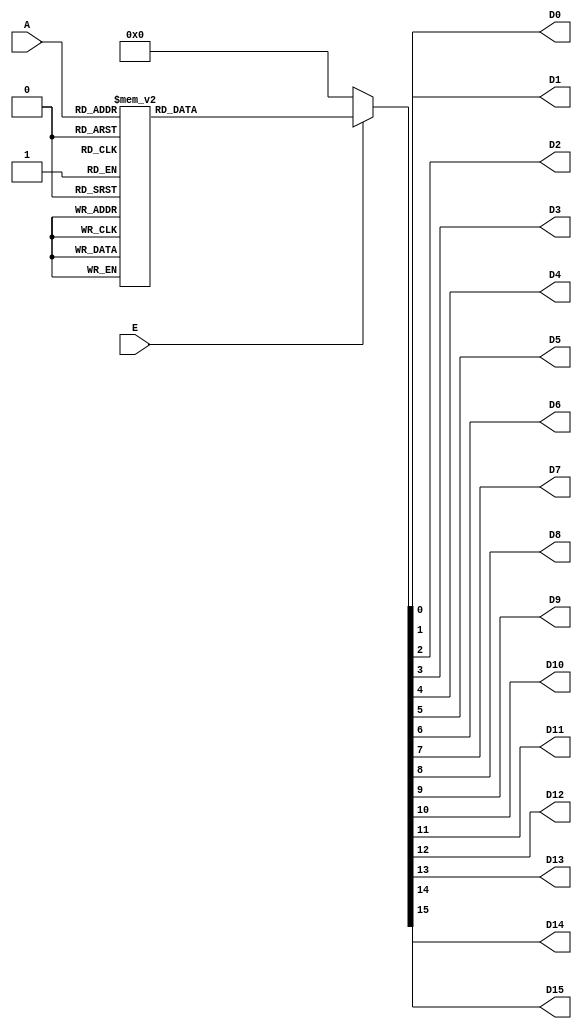
module Decoder4_16(D0, D1, D2, D3, D4, D5, D6, D7, D8, D9, D10, D11, D12, D13, D14, D15, A, E);
   output D0;
   output D1;
   output D2;
   output D3;
   output D4;
   output D5;
   output D6;
   output D7;
   output D8;
   output D9;
   output D10;
   output D11;
   output D12;
   output D13;
   output D14;
   output D15;
   input  [3:0] A;
   input  E;
   reg D0;
   reg D1;
   reg D2;
   reg D3;
   reg D4;
   reg D5;
   reg D6;
   reg D7;
   reg D8;
   reg D9;
   reg D10;
   reg D11;
   reg D12;
   reg D13;
   reg D14;
   reg D15;
      always @ (A or E)
      begin
         if(!E)
           {D15, D14, D13, D12, D11, D10, D9, D8, D7, D6, D5, D4, D3, D2, D1, D0} <= 16'b0000_0000_0000_0000;
        else
        begin
           case(A)
             4'b0000 :  {D15, D14, D13, D12, D11, D10, D9, D8, D7, D6, D5, D4, D3, D2, D1, D0} <= 16'b0000_0000_0000_0001;
             4'b0001 :  {D15, D14, D13, D12, D11, D10, D9, D8, D7, D6, D5, D4, D3, D2, D1, D0} <= 16'b0000_0000_0000_0010;
             4'b0010 :  {D15, D14, D13, D12, D11, D10, D9, D8, D7, D6, D5, D4, D3, D2, D1, D0} <= 16'b0000_0000_0000_0100;
             4'b0011 :  {D15, D14, D13, D12, D11, D10, D9, D8, D7, D6, D5, D4, D3, D2, D1, D0} <= 16'b0000_0000_0000_1000;
             4'b0100 :  {D15, D14, D13, D12, D11, D10, D9, D8, D7, D6, D5, D4, D3, D2, D1, D0} <= 16'b0000_0000_0001_0000;
             4'b0101 :  {D15, D14, D13, D12, D11, D10, D9, D8, D7, D6, D5, D4, D3, D2, D1, D0} <= 16'b0000_0000_0010_0000;
             4'b0110 :  {D15, D14, D13, D12, D11, D10, D9, D8, D7, D6, D5, D4, D3, D2, D1, D0} <= 16'b0000_0000_0100_0000;
             4'b0111 :  {D15, D14, D13, D12, D11, D10, D9, D8, D7, D6, D5, D4, D3, D2, D1, D0} <= 16'b0000_0000_1000_0000;
             4'b1000 :  {D15, D14, D13, D12, D11, D10, D9, D8, D7, D6, D5, D4, D3, D2, D1, D0} <= 16'b0000_0001_0000_0000;
             4'b1001 :  {D15, D14, D13, D12, D11, D10, D9, D8, D7, D6, D5, D4, D3, D2, D1, D0} <= 16'b0000_0010_0000_0000;
             4'b1010 :  {D15, D14, D13, D12, D11, D10, D9, D8, D7, D6, D5, D4, D3, D2, D1, D0} <= 16'b0000_0100_0000_0000;
             4'b1011 :  {D15, D14, D13, D12, D11, D10, D9, D8, D7, D6, D5, D4, D3, D2, D1, D0} <= 16'b0000_1000_0000_0000;
             4'b1100 :  {D15, D14, D13, D12, D11, D10, D9, D8, D7, D6, D5, D4, D3, D2, D1, D0} <= 16'b0001_0000_0000_0000;
             4'b1101 :  {D15, D14, D13, D12, D11, D10, D9, D8, D7, D6, D5, D4, D3, D2, D1, D0} <= 16'b0010_0000_0000_0000;
             4'b1110 :  {D15, D14, D13, D12, D11, D10, D9, D8, D7, D6, D5, D4, D3, D2, D1, D0} <= 16'b0100_0000_0000_0000;
             4'b1111 :  {D15, D14, D13, D12, D11, D10, D9, D8, D7, D6, D5, D4, D3, D2, D1, D0} <= 16'b1000_0000_0000_0000;
          endcase
        end
     end 
endmodule